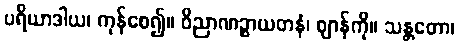
ပရိယာဒါယ၊ ကုန်စေ၍။ ဝိညာဏဉ္စာယတနံ၊ ဈာန်ကို။ သန္တတော၊